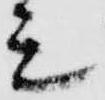
シ